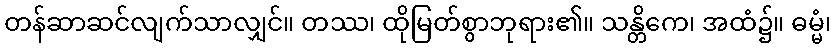
တန်ဆာဆင်လျက်သာလျှင်။ တဿ၊ ထိုမြတ်စွာဘုရား၏။ သန္တိကေ၊ အထံ၌။ ဓမ္မံ၊